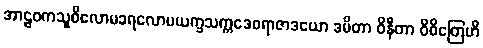
အာဠဝကသူစိလောမခရလောမယက္ခသက္ကဒေဝရာဇာဒယော ဒမိတာ ဝိနီတာ ဝိစိတြေဟိ